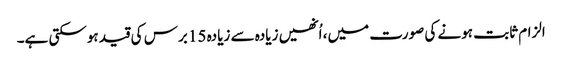
الزام ثابت ہونے کی صورت میں، اُنھیں زیادہ سے زیادہ 15 برس کی قید ہوسکتی ہے۔